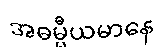
အဓမ္မီယမာနေ